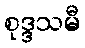
စုဒ္ဒသမီ